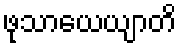
ဖုသာယေယျာတိ